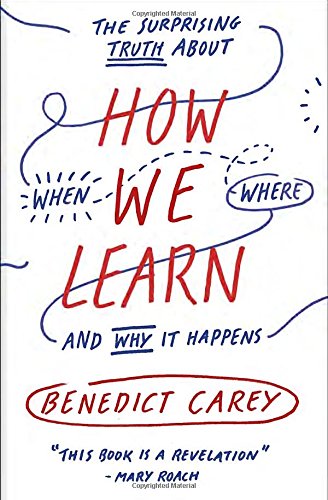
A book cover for How We Learn: The Surprising Truth About When, Where, and Why It Happens; Benedict Carey; Test Preparation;